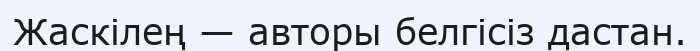
Жаскілең — авторы белгісіз дастан.